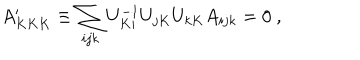
LaTeX: A _ { K K K } ^ { \prime } \equiv \sum _ { i j k } U _ { K i } ^ { - 1 } U _ { j K } U _ { k K } A _ { i j k } = 0 \ ,